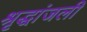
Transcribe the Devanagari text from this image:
श्रृद्धांजली